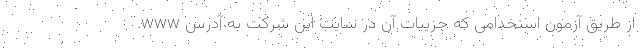
از طریق آزمون استخدامی که جزییات آن در سایت این شرکت به آدرس www.